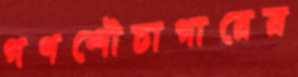
গণশৌচাগারের